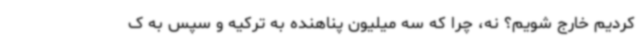
کردیم خارج شویم؟ نه، چرا که سه میلیون پناهنده به ترکیه و سپس به ک